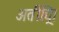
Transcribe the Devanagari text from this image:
अतींद्य्राि